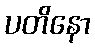
ပတိနော